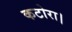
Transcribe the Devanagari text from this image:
कटोरा।